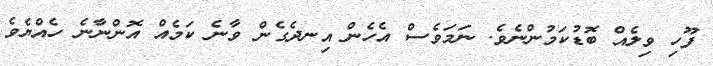
ފޫހި ވިލެއް ބޮޑުކަމުންނެވެ. ނަމަވެސް އެހެން އިނދެގެން ވާނެ ކަމެއް އޮންނާނެ ހެއްޔެވެ